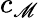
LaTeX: c_{\mathscr{M}}